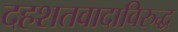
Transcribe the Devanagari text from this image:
दहशतवादाविरुद्ध